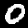
Label: 0